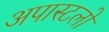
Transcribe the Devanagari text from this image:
अपास्टलो